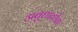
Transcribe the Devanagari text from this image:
अबुधाबीचा